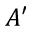
A ^ { \prime }